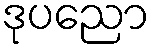
ဒုပညော